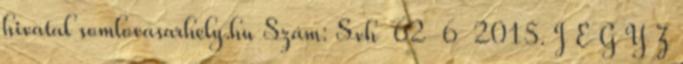
hivatal somlovasarhely.hu Szám: Svh 62-6 2015. J E G Y Z